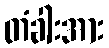
တံခါးအား